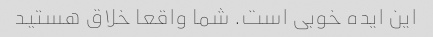
این ایده خوبی است. شما واقعا خلاق هستید